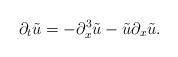
LaTeX: \begin{align*}\partial_{t}\tilde{u}=-\partial_{x}^{3}\tilde{u}-\tilde{u}\partial_{x}\tilde{u}.\end{align*}